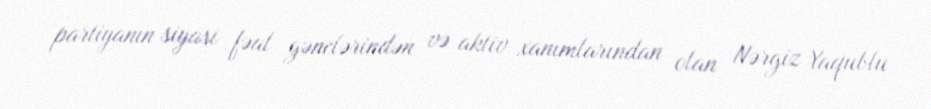
partiyanın siyasi fəal gənclərindən və aktiv xanımlarından olan Nərgiz Yaqublu